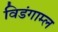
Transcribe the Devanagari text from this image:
विडंगाम्ल